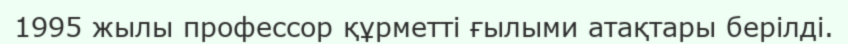
1995 жылы профессор құрметті ғылыми атақтары берілді.